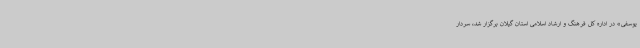
یوسفی» در اداره کل فرهنگ و ارشاد اسلامی استان گیلان برگزار شد، سردار